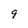
Character: 9